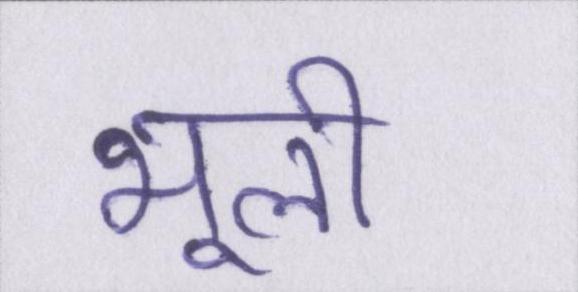
भूली